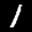
Label: 1